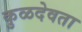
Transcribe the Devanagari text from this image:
कुळदेवता